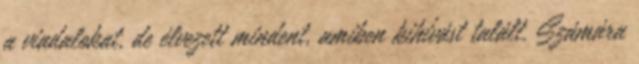
a viadalokat, de élvezett mindent, amiben kihívást talált. Számára